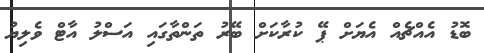
ބޮޑު އެއްޗެއް އެޔަށް ޕޭ ކުރާކަށް ބޭރު ތަންތާގައި އަސްލު އާޓް ވެލިޔު